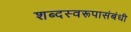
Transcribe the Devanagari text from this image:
शब्दस्वरूपासंबंधी